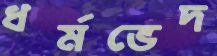
ধর্মভেদ